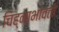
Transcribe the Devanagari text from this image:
चिह्नाभोवती